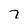
Character: 7